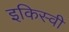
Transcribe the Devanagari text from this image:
इकिस्वी